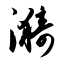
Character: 漪